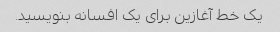
یک خط آغازین برای یک افسانه بنویسید.